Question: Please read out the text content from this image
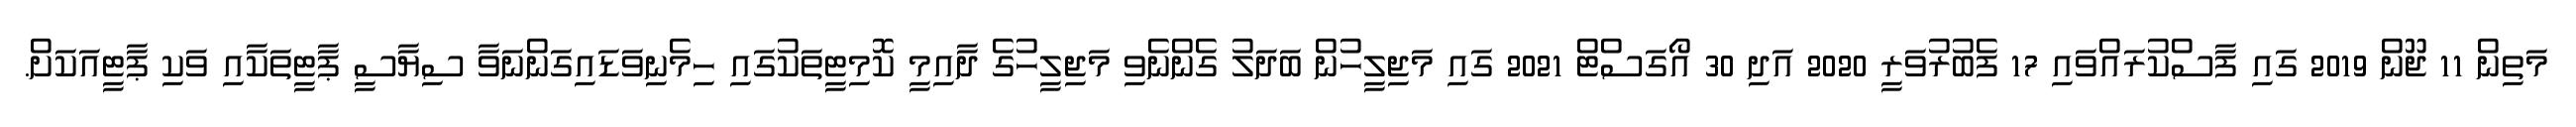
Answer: މަތިން 11 ޖޫން 2019 ގައި ފާސްކުރައްވައި 17 ފެބުރުވަރީ 2020 އަދި 30 އޯގަސްޓް 2021 ގައި މަޖިލީހުން ބަދަލު ގެންނެވި މަޖިލީހުގެ ދާއިމީ ކޮމިޓީތަކުގައި ހިމެނިވަޑައިގަންނަވާ ސިޔާސީ ޕާޓީތަކާއި ވަކި ޕާޓީއަކަށް.